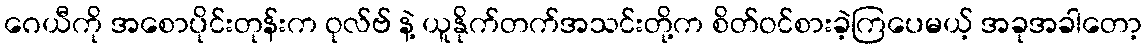
ဂေယီကို အစောပိုင်းတုန်းက ဝုလ်ဗ် နဲ့ ယူနိုက်တက်အသင်းတို့က စိတ်ဝင်စားခဲ့ကြပေမယ့် အခုအခါတော့